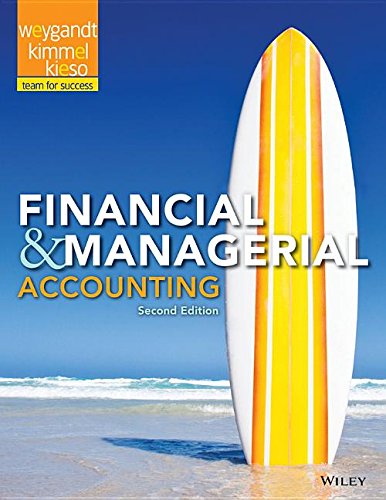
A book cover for Financial and Managerial Accounting; Jerry J. Weygandt; Business & Money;